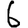
Digit: 6